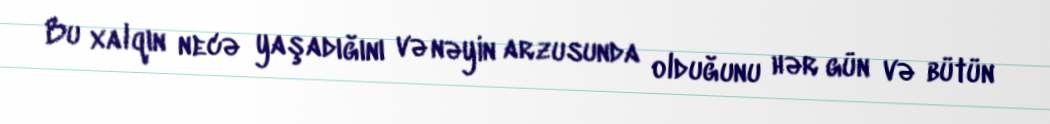
Bu xalqın necə yaşadığını və nəyin arzusunda olduğunu hər gün və bütün